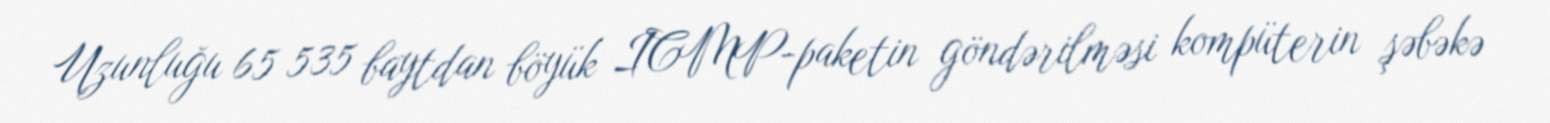
Uzunluğu 65 535 baytdan böyük ICMP-paketin göndərilməsi kompüterin şəbəkə